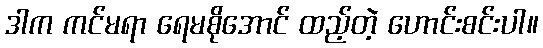
ဒါက ကင်မရာ ရေမစိုအောင် ထည့်တဲ့ ဟောင်းစင်းပါ။